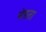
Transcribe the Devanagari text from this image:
मेडता